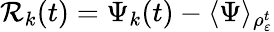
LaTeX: \mathcal{R}_{k}(t)=\Psi_{k}(t)-\langle\Psi\rangle_{\rho_{\varepsilon}^{t}}